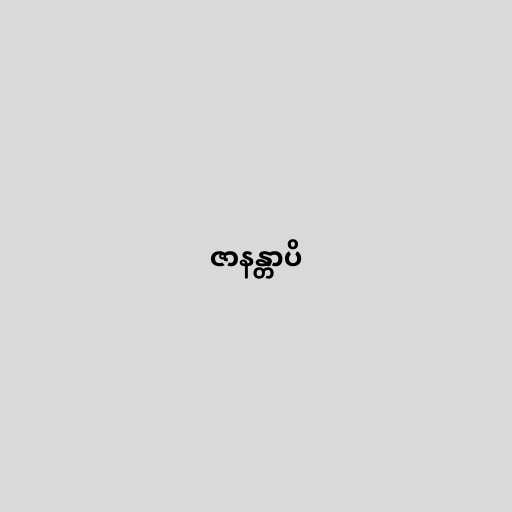
ဇာနန္တာပိ